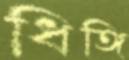
ধিঙ্গি